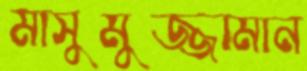
মাসুমুজ্জামান